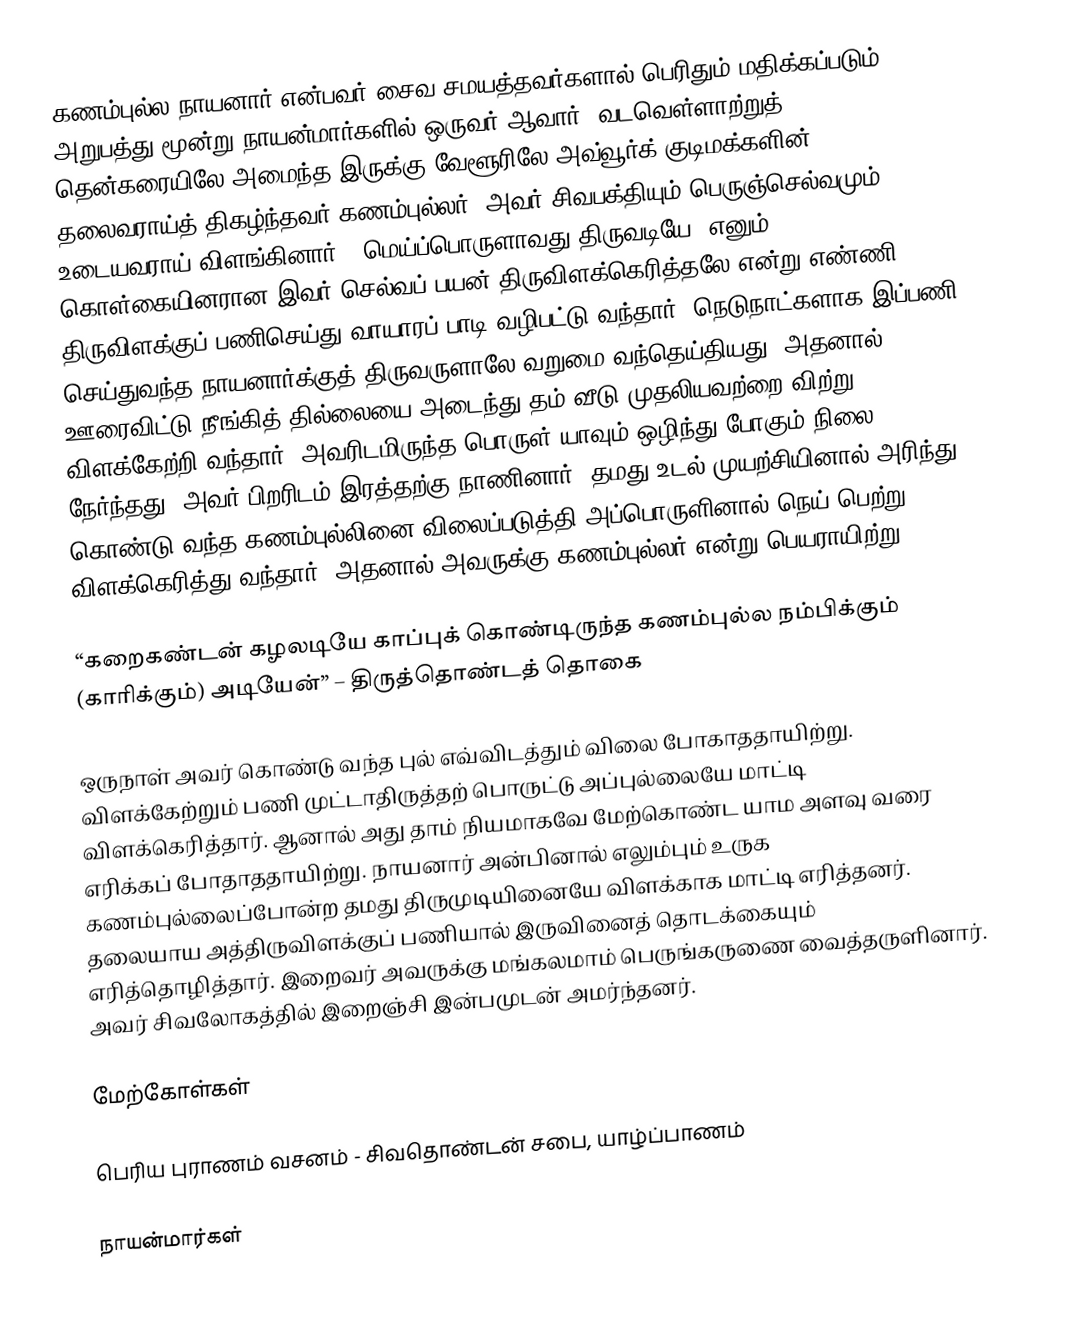
கணம்புல்ல நாயனார் என்பவர் சைவ சமயத்தவர்களால் பெரிதும் மதிக்கப்படும் அறுபத்து மூன்று நாயன்மார்களில் ஒருவர் ஆவார். வடவெள்ளாற்றுத் தென்கரையிலே அமைந்த இருக்கு வேளூரிலே அவ்வூர்க் குடிமக்களின் தலைவராய்த் திகழ்ந்தவர் கணம்புல்லர். அவர் சிவபக்தியும் பெருஞ்செல்வமும் உடையவராய் விளங்கினார். “மெய்ப்பொருளாவது திருவடியே” எனும் கொள்கையினரான இவர் செல்வப் பயன் திருவிளக்கெரித்தலே என்று எண்ணி திருவிளக்குப் பணிசெய்து வாயாரப் பாடி வழிபட்டு வந்தார். நெடுநாட்களாக இப்பணி செய்துவந்த நாயனார்க்குத் திருவருளாலே வறுமை வந்தெய்தியது. அதனால் ஊரைவிட்டு நீங்கித் தில்லையை அடைந்து தம் வீடு முதலியவற்றை விற்று விளக்கேற்றி வந்தார். அவரிடமிருந்த பொருள் யாவும் ஒழிந்து போகும் நிலை நேர்ந்தது. அவர் பிறரிடம் இரத்தற்கு நாணினார். தமது உடல் முயற்சியினால் அரிந்து கொண்டு வந்த கணம்புல்லினை விலைப்படுத்தி அப்பொருளினால் நெய் பெற்று விளக்கெரித்து வந்தார். அதனால் அவருக்கு கணம்புல்லர் என்று பெயராயிற்று.

“கறைகண்டன் கழலடியே காப்புக் கொண்டிருந்த கணம்புல்ல நம்பிக்கும் (காரிக்கும்) அடியேன்” – திருத்தொண்டத் தொகை

ஒருநாள் அவர் கொண்டு வந்த புல் எவ்விடத்தும் விலை போகாததாயிற்று. விளக்கேற்றும் பணி முட்டாதிருத்தற் பொருட்டு அப்புல்லையே மாட்டி விளக்கெரித்தார். ஆனால் அது தாம் நியமாகவே மேற்கொண்ட யாம அளவு வரை எரிக்கப் போதாததாயிற்று. நாயனார் அன்பினால் எலும்பும் உருக கணம்புல்லைப்போன்ற தமது திருமுடியினையே விளக்காக மாட்டி எரித்தனர். தலையாய அத்திருவிளக்குப் பணியால் இருவினைத் தொடக்கையும் எரித்தொழித்தார். இறைவர் அவருக்கு மங்கலமாம் பெருங்கருணை வைத்தருளினார். அவர் சிவலோகத்தில் இறைஞ்சி இன்பமுடன் அமர்ந்தனர்.

மேற்கோள்கள்

பெரிய புராணம் வசனம் - சிவதொண்டன் சபை, யாழ்ப்பாணம்

நாயன்மார்கள்